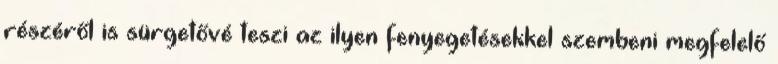
részéről is sürgetővé teszi az ilyen fenyegetésekkel szembeni megfelelő